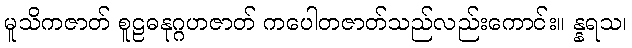
မူသိကဇာတ် စူဠဓနုဂ္ဂဟဇာတ် ကပေါတဇာတ်သည်လည်းကောင်း။ န္နရသ၊